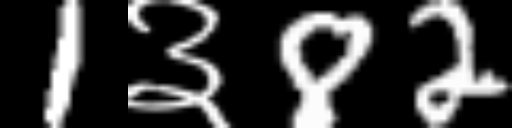
Text: 1३82